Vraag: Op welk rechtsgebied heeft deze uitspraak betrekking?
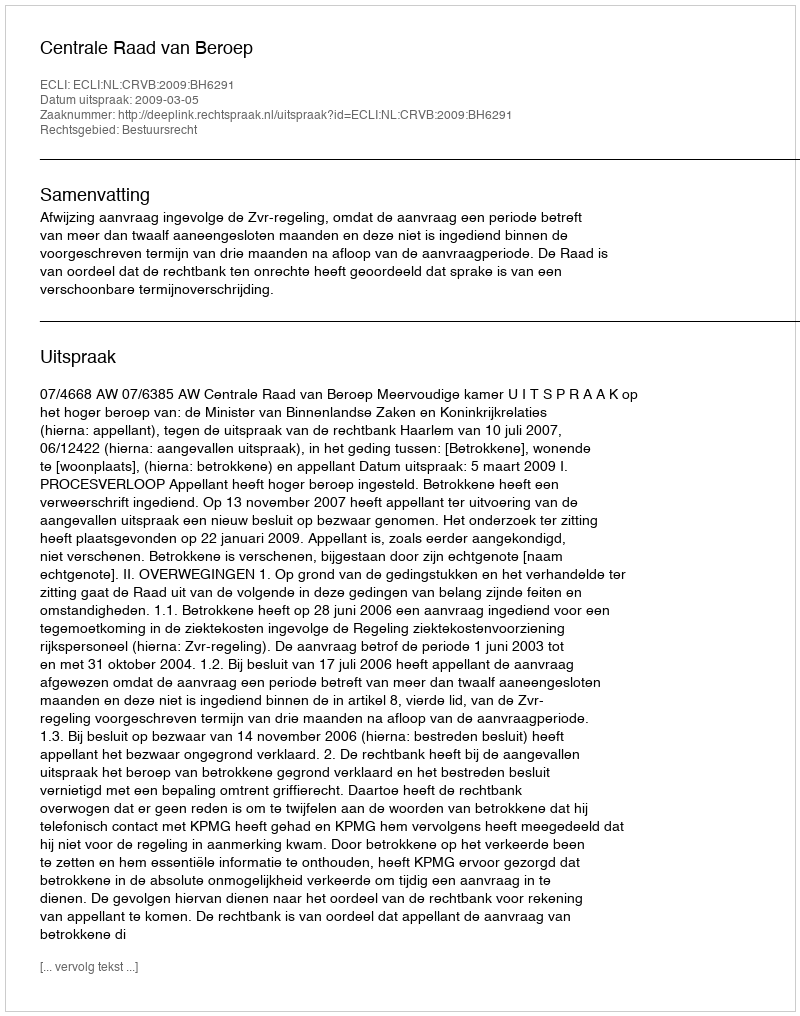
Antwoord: Bestuursrecht